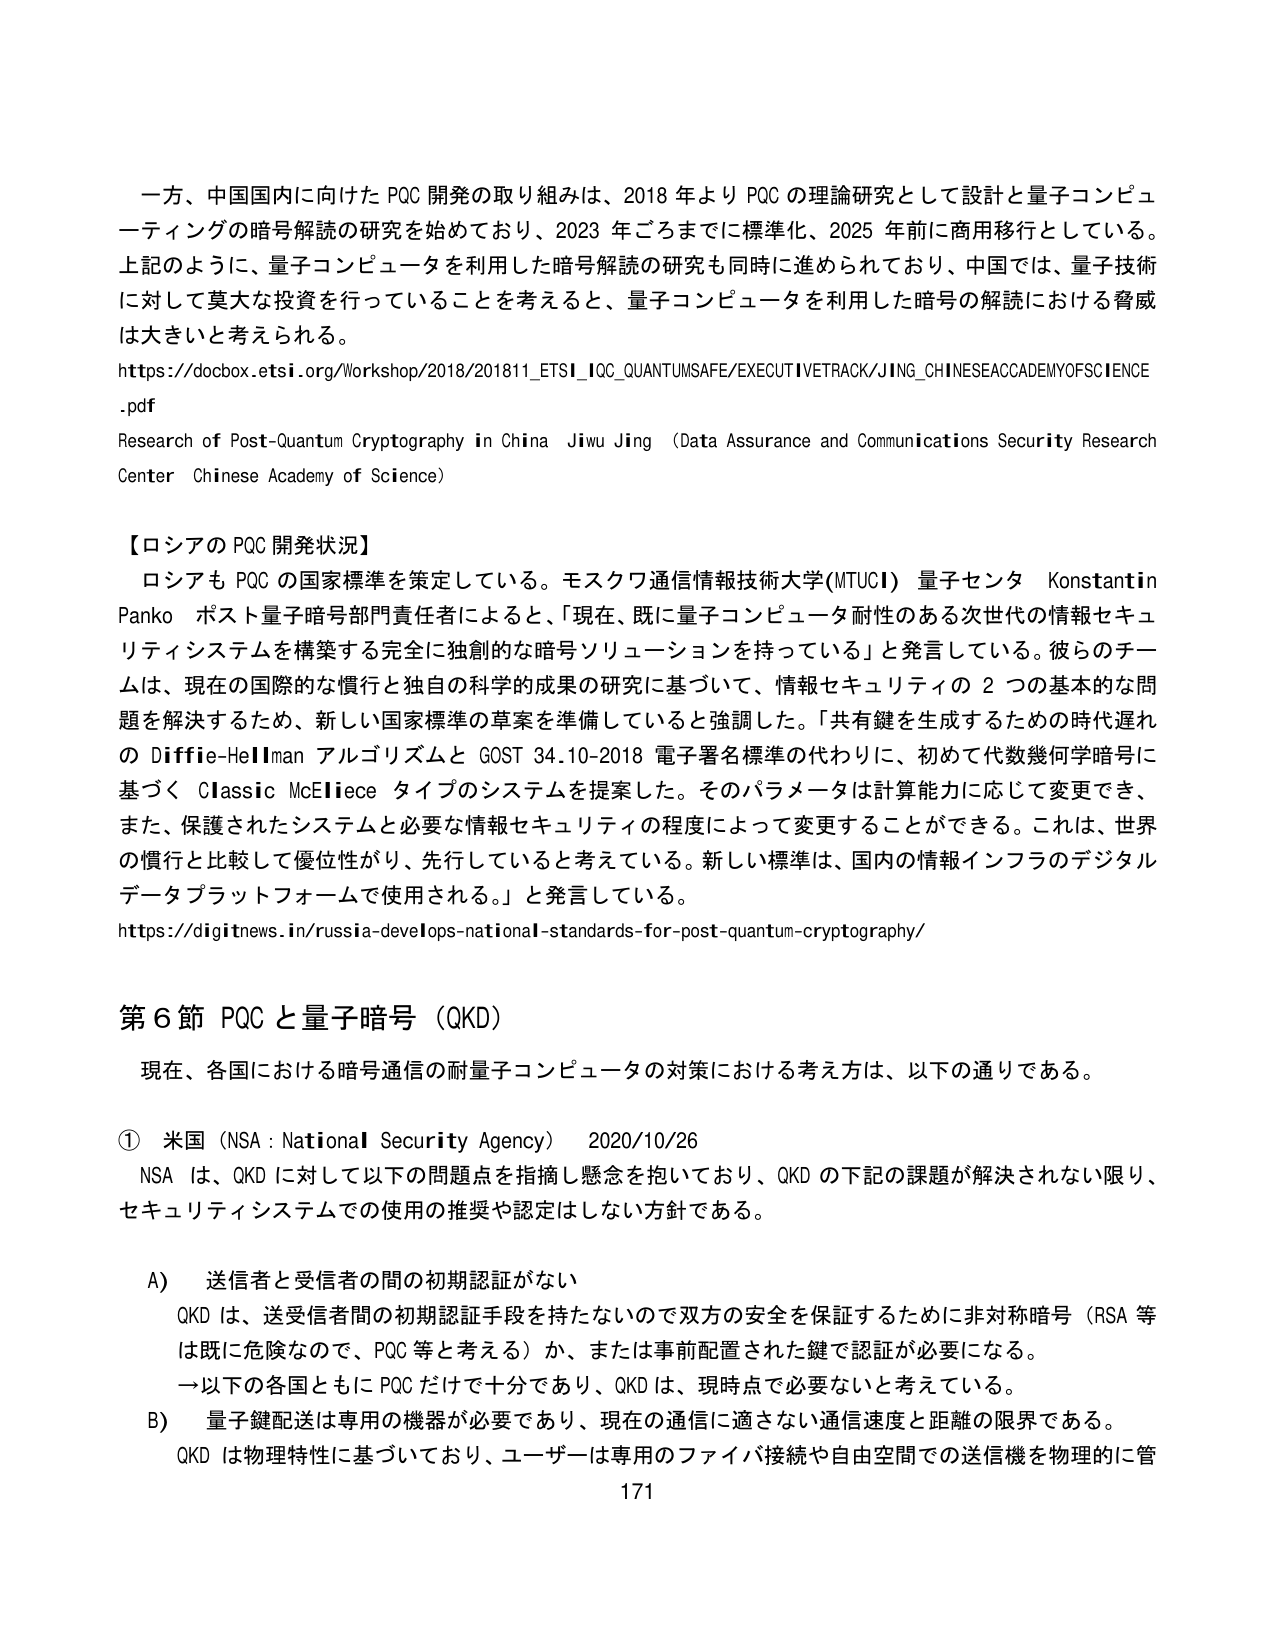
一方、中国国内に向けた PQC 開発の取り組みは、2018 年より PQC の理論研究として設計と量子コンピューティングの暗号解読の研究を始めており、2023 年ごろまでに標準化、2025 年前に商用移行としている。上記のように、量子コンピュータを利用した暗号解読の研究も同時に進められており、中国では、量子技術に対して莫大な投資を行っていることを考えると、量子コンピュータを利用した暗号の解読における脅威は大きいと考えられる。

https://docbox.etsi.org/Workshop/2018/201811_ETS1_IQC_QUANTUMSAFE/EXECUTIVETRACK/JING_CHINESEACADEMYOFSCIENCE.pdf

Research of Post-Quantum Cryptography in China  Jiwu Jing (Data Assurance and Communications Security Research Center Chinese Academy of Science)

【ロシアの PQC 開発状況】
ロシアも PQC の国家標準を策定している。モスクワ通信情報技術大学(MTUCI) 量子センタ Konstantin Panko ポスト量子暗号部門責任者によると、「現在、既に量子コンピュータ耐性のある次世代の情報セキュリティシステムを構築する完全に独創的な暗号ソリューションを持っている」と発言している。彼らのチームは、現在の国際的な慣行と独自の科学的成果の研究に基づいて、情報セキュリティの 2 つの基本的な問題を解決するため、新しい国家標準の草案を準備していると強調した。「共有鍵を生成するための時代遅れの Diffie-Hellman アルゴリズムと GOST 34.10-2018 電子署名標準の代わりに、初めて代数幾何学暗号に基づく Classic McEliece タイプのシステムを提案した。そのパラメータは計算能力に応じて変更でき、また、保護されたシステムと必要な情報セキュリティの程度によって変更することができる。これは、世界の慣行と比較して優位性がり、先行していると考えている。新しい標準は、国内の情報インフラのデジタルデータプラットフォームで使用される。」と発言している。

https://digitnews.in/russia-develops-national-standards-for-post-quantum-cryptography/

第 6 節 PQC と量子暗号（QKD）
現在、各国における暗号通信の耐量子コンピュータの対策における考え方は、以下の通りである。

① 米国（NSA : National Security Agency） 2020/10/26
NSA は、QKD に対して以下の問題点を指摘し懸念を抱いており、QKD の下記の課題が解決されない限り、セキュリティシステムでの使用の推奨や認定はしない方針である。

A) 送信者と受信者の間の初期認証がない
QKD は、送受信者間の初期認証手段を持たないので双方の安全を保証するために非対称暗号（RSA 等は既に危険なので、PQC 等と考える）か、または事前配置された鍵で認証が必要になる。
→以下の各国ともに PQC だけで十分であり、QKD は、現時点で必要ないと考えている。

B) 量子鍵配送は専用の機器が必要であり、現在の通信に適さない通信速度と距離の限界である。
QKD は物理特性に基づいており、ユーザーは専用のファイバ接続や自由空間での送信機を物理的に管

171